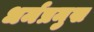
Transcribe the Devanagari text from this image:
धर्मप्रमुख